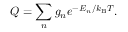
Q = \sum _ { n } g _ { n } e ^ { - E _ { n } / k _ { \mathrm { B } } T } .